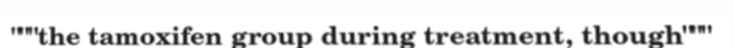
"""the tamoxifen group during treatment, though"""